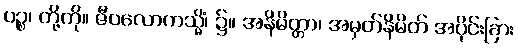
ပဉ္စ၊ တို့ကို။ ဇီဝလောကသ္မိံ၊ ၌။ အနိမိတ္တာ၊ အမှတ်နိမိတ် အပိုင်းခြား